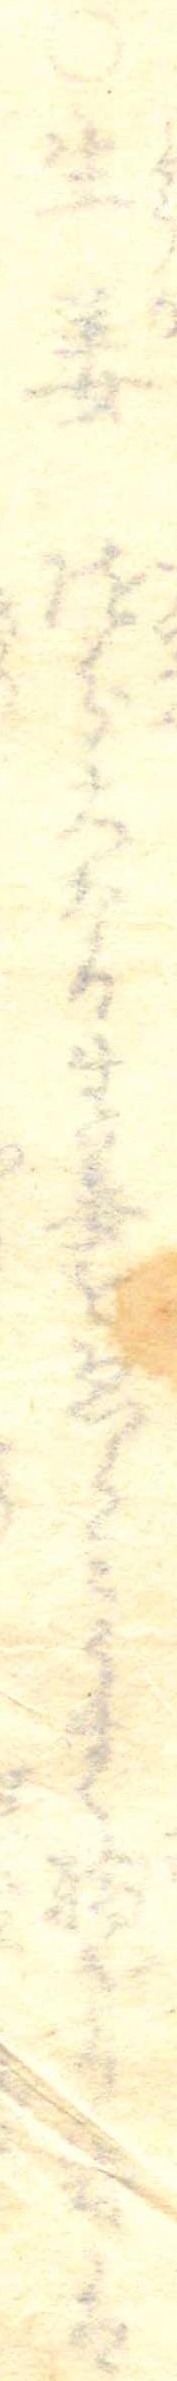
○生姜随分大なる生姜をゑらみうすく輪ぎり或は